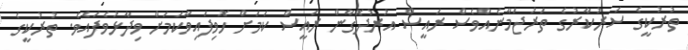
ތުރުކީގެ ސަރުކާރުގެ ތަރުޖަމާނެއްވެސް ރައީސް އުރުދޮގާން ރައީސް ކަމަށް ހޮވިފައިވާކަމަށް ވިދާޅުވެފައެވެ. ތުރުކީގެ